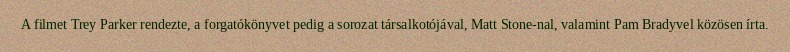
A filmet Trey Parker rendezte, a forgatókönyvet pedig a sorozat társalkotójával, Matt Stone-nal, valamint Pam Bradyvel közösen írta.